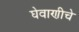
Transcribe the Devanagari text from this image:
घेवाणीचे